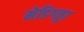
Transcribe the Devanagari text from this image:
मेडिगड्डा